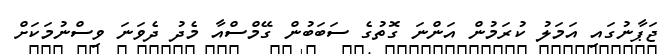
ޖަޕާނުގައި އަމަލު ކުރަމުން އަންނަ ގޮތުގެ ސަބަބުން ގޭމްސްއާ މެދު ދެވަނަ ވިސްނުމަކަށް